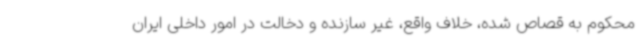
محکوم به قصاص شده، خلاف واقع، غیر سازنده و دخالت در امور داخلی ایران